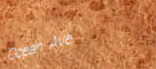
Ocean Ave